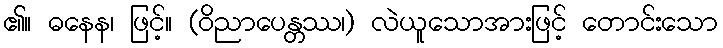
၏။ ဓနေန၊ ဖြင့်။ (ဝိညာပေန္တဿ၊) လဲယူသောအားဖြင့် တောင်းသော